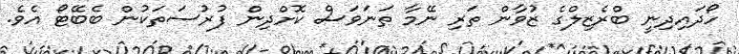
ހޯދައިދިނީ ބްރެޒިލްގެ ޒުވާން ތަރި ނޭމާ ތަނަވަސް ކޮށްދިން ފުރުސަތަކުން ބެބޭޓޯ އެވެ.